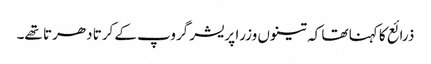
ذرائع کا کہنا تھا کہ تینوں وزرا پریشر گروپ کے کرتا دھرتا تھے۔